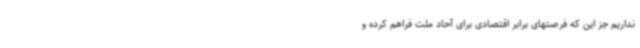
نداریم جز این که فرصتهای برابر اقتصادی برای آحاد ملت فراهم کرده و